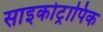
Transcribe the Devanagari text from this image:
साइकोट्रापिक